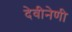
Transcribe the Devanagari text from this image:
देवीनेणी